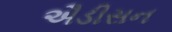
ઐડીસન